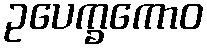
ဥပေက္ခကောဝ